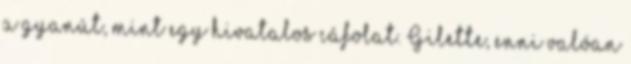
a gyanút, mint egy hivatalos cáfolat. Gilette, enni valóan